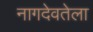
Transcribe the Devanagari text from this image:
नागदेवतेला